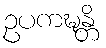
ဥပကဍ္ဎန္တိ